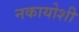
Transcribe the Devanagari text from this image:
नकायोशी